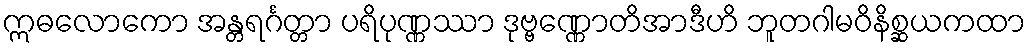
ဣဓလောကော အန္တရင်္ဂတ္တာ ပရိပုဏ္ဏဿာ ဒုဗ္ဗဏ္ဏောတိအာဒီဟိ ဘူတဂါမဝိနိစ္ဆယကထာ